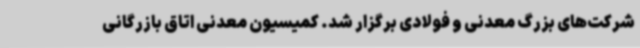
شرکت‌های بزرگ معدنی و فولادی برگزار شد. کمیسیون معدنی اتاق بازرگانی